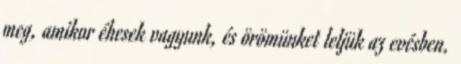
meg, amikor éhesek vagyunk, és örömünket leljük az evésben.